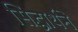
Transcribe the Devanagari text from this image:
सिद्धार्थने